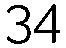
34